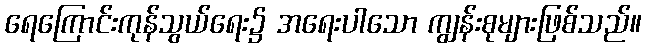
ရေကြောင်းကုန်သွယ်ရေး၌ အရေးပါသော ကျွန်းစုများဖြစ်သည်။